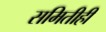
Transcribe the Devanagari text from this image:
समितीही